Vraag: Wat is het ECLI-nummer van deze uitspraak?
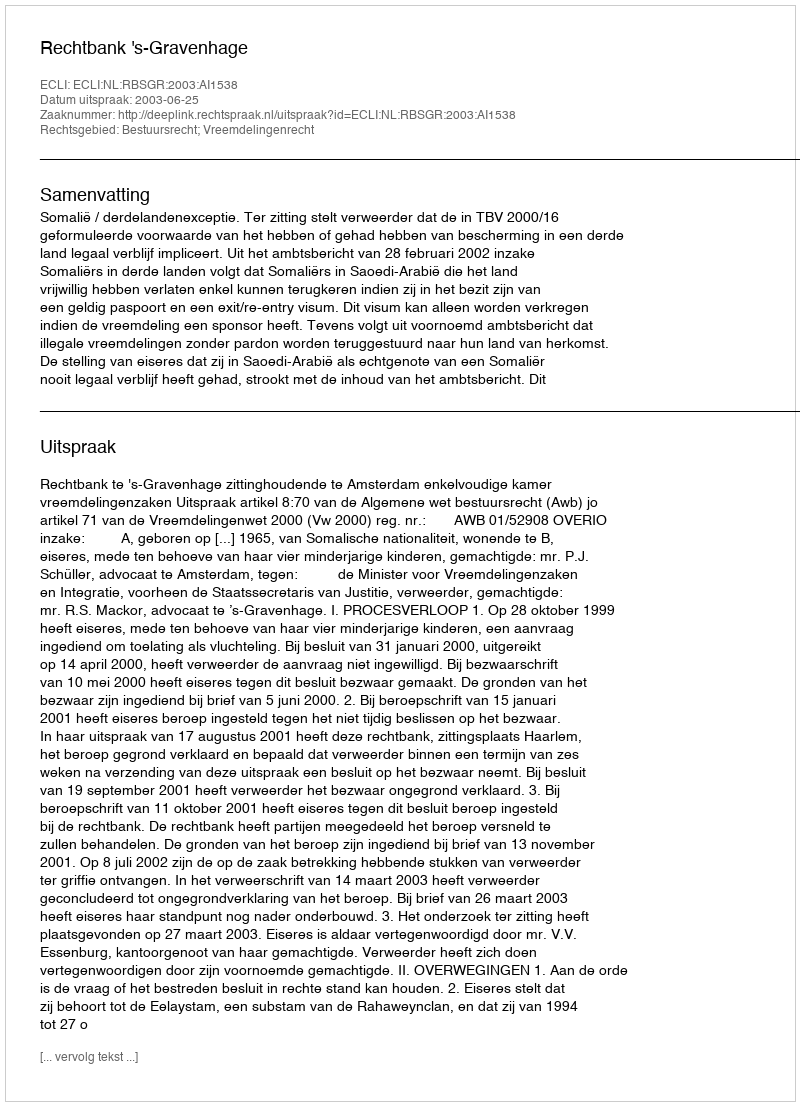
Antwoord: ECLI:NL:RBSGR:2003:AI1538